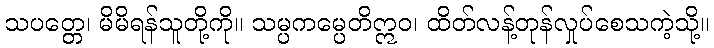
သပတ္တေ၊ မိမိရန်သူတို့ကို။ သမ္ပကမ္ပေတိဣဝ၊ ထိတ်လန့်တုန်လှုပ်စေသကဲ့သို့။